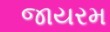
જાયરમ